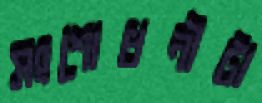
সংশোধনীটা